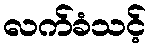
လက်ခံသင့်